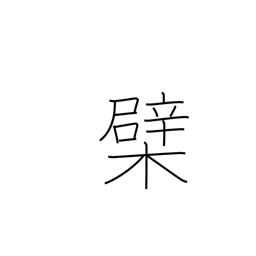
Meaning: Amur or Chinese cork tree